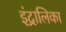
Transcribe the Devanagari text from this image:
इंद्रालिका